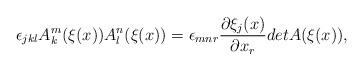
LaTeX: \begin{align*}\epsilon_{jkl}A^m_k(\xi(x))A^n_l(\xi(x))=\epsilon_{mnr}\frac{\partial\xi_j(x)}{\partial x_r}det A(\xi(x)),\end{align*}